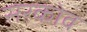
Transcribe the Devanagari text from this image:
सरकोव